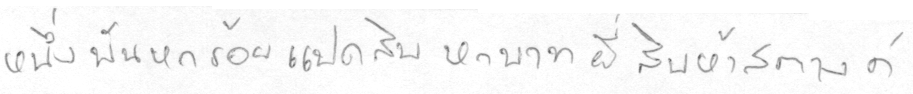
หนึ่งพันหกร้อยแปดสิบบหกบาทยี่สิบห้าสตางค์